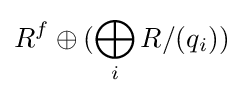
R^{f}\oplus (\bigoplus _{i}R/(q_{i}))\;